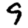
Digit: 9